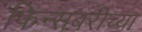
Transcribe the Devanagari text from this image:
फिन्सबरीच्या